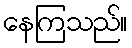
နေကြသည်။